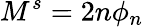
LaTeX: M^{s}=2n\phi_{n}